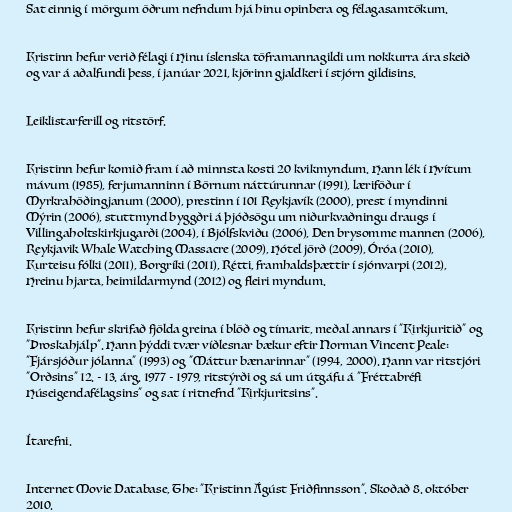
Sat einnig í mörgum öðrum nefndum hjá hinu opinbera og félagasamtökum.

Kristinn hefur verið félagi í Hinu íslenska töframannagildi um nokkurra ára skeið
og var á aðalfundi þess, í janúar 2021, kjörinn gjaldkeri í stjórn gildisins.

Leiklistarferill og ritstörf.

Kristinn hefur komið fram í að minnsta kosti 20 kvikmyndum. Hann lék í Hvítum
mávum (1985), ferjumanninn í Börnum náttúrunnar (1991), læriföður í
Myrkrahöðingjanum (2000), prestinn í 101 Reykjavík (2000), prest í myndinni
Mýrin (2006), stuttmynd byggðri á þjóðsögu um niðurkvaðningu draugs í
Villingaholtskirkjugarði (2004), í Bjólfskviðu (2006), Den brysomme mannen (2006),
Reykjavik Whale Watching Massacre (2009), Hótel jörð (2009), Óróa (2010),
Kurteisu fólki (2011), Borgríki (2011), Rétti, framhaldsþættir í sjónvarpi (2012),
Hreinu hjarta, heimildarmynd (2012) og fleiri myndum.

Kristinn hefur skrifað fjölda greina í blöð og tímarit, meðal annars í "Kirkjuritið" og
"Þroskahjálp". Hann þýddi tvær víðlesnar bækur eftir Norman Vincent Peale:
"Fjársjóður jólanna" (1993) og "Máttur bænarinnar" (1994, 2000). Hann var ritstjóri
"Orðsins" 12. - 13. árg. 1977 - 1979, ritstýrði og sá um útgáfu á "Fréttabréfi
Húseigendafélagsins" og sat í ritnefnd "Kirkjuritsins".

Ítarefni.

Internet Movie Database, The: "Kristinn Ágúst Friðfinnsson". Skoðað 8. október
2010.